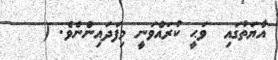
އާޔަތުގައި  ވަޙީ ކުރައްވަނީ މިފަދައިންނެވެ. (